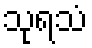
သုရသံ